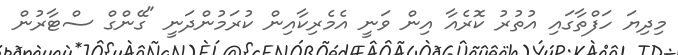
މިދިޔަ ހަފްތާގައި އުތުރު ކޮރެއާ އިން ވަނީ އެމެރިކާއިން ކުރަމުންދަނީ "ގޭންގް ސްޓާރުން